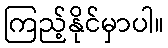
ကြည့်နိုင်မှာပါ။